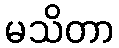
မသိတာ